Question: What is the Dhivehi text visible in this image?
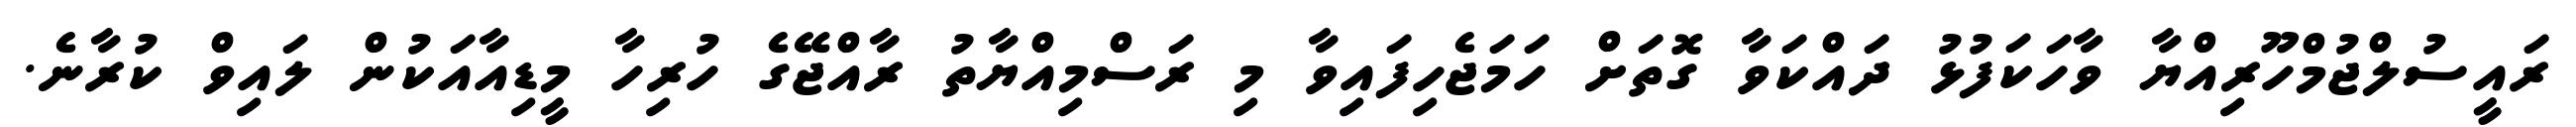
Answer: ރައީސުލްޖުމްހޫރިއްޔާ ވާހަކަފުޅު ދައްކަވާ ގޮތަށް ހަމަޖެހިފައިވާ މި ރަސްމިއްޔާތު ރާއްޖޭގެ ހުރިހާ މީޑިއާއަކުން ލައިވް ކުރާނެ.